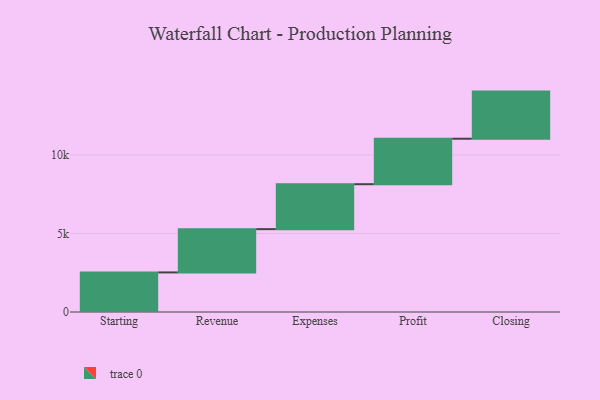
{"axis": {"x": "Step", "y": "Value"}, "legend": [""], "data": [{"x": "Starting", "y": 2519.0, "type": ""}, {"x": "Revenue", "y": 2756.0, "type": ""}, {"x": "Expenses", "y": 2861.0, "type": ""}, {"x": "Profit", "y": 2896.0, "type": ""}, {"x": "Closing", "y": 3000, "type": ""}]}